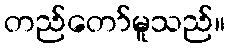
တည်တော်မူသည်။